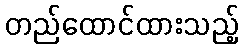
တည်ထောင်ထားသည့်